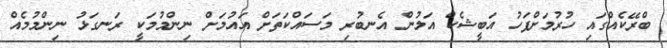
ބްރޭކެއްގައި ހުރުމަށްފަހު އަބީޝެކް އަލުން އެނބުރި މަސައްކަތަށް އައުމަށް ނިންމުމަކީ ރަނގަޅު ނިންމުމެއް